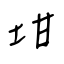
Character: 坩